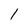
Character: 1